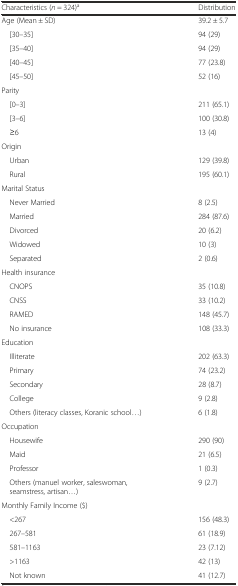
<table><thead><tr><td><b>Characteristics (<i>n</i> = 324)<sup>a</sup></b></td><td><b>Distribution</b></td></tr></thead><tbody><tr><td>Age (Mean ± SD)</td><td>39.2 ± 5.7</td></tr><tr><td> [30–35]</td><td>94 (29)</td></tr><tr><td> [35–40]</td><td>94 (29)</td></tr><tr><td> [40–45]</td><td>77 (23.8)</td></tr><tr><td> [45–50]</td><td>52 (16)</td></tr><tr><td>Parity</td><td></td></tr><tr><td> [0–3]</td><td>211 (65.1)</td></tr><tr><td> [3–6]</td><td>100 (30.8)</td></tr><tr><td> ≥6</td><td>13 (4)</td></tr><tr><td>Origin</td><td></td></tr><tr><td> Urban</td><td>129 (39.8)</td></tr><tr><td> Rural</td><td>195 (60.1)</td></tr><tr><td>Marital Status</td><td></td></tr><tr><td> Never Married</td><td>8 (2.5)</td></tr><tr><td> Married</td><td>284 (87.6)</td></tr><tr><td> Divorced</td><td>20 (6.2)</td></tr><tr><td> Widowed</td><td>10 (3)</td></tr><tr><td> Separated</td><td>2 (0.6)</td></tr><tr><td>Health insurance</td><td></td></tr><tr><td> CNOPS</td><td>35 (10.8)</td></tr><tr><td> CNSS</td><td>33 (10.2)</td></tr><tr><td> RAMED</td><td>148 (45.7)</td></tr><tr><td> No insurance</td><td>108 (33.3)</td></tr><tr><td>Education</td><td></td></tr><tr><td> Illiterate</td><td>202 (63.3)</td></tr><tr><td> Primary</td><td>74 (23.2)</td></tr><tr><td> Secondary</td><td>28 (8.7)</td></tr><tr><td> College</td><td>9 (2.8)</td></tr><tr><td> Others (literacy classes, Koranic school...)</td><td>6 (1.8)</td></tr><tr><td>Occupation</td><td></td></tr><tr><td> Housewife</td><td>290 (90)</td></tr><tr><td> Maid</td><td>21 (6.5)</td></tr><tr><td> Professor</td><td>1 (0.3)</td></tr><tr><td> Others (manuel worker, saleswoman, seamstress, artisan...)</td><td>9 (2.7)</td></tr><tr><td>Monthly Family Income ($)</td><td></td></tr><tr><td> &lt;267</td><td>156 (48.3)</td></tr><tr><td> 267–581</td><td>61 (18.9)</td></tr><tr><td> 581–1163</td><td>23 (7.12)</td></tr><tr><td> &gt;1163</td><td>42 (13)</td></tr><tr><td> Not known</td><td>41 (12.7)</td></tr></tbody></table>